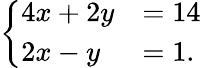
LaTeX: \left\{ \begin{array}{ll}{4x+2y}&{=14}\\ {2x-y}&{=1.}\end{array}\right.